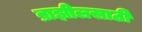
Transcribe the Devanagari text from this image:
ब्राझीलसाठी